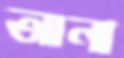
আনী